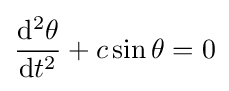
{\frac {\mathrm {d} ^{2}\theta }{\mathrm {d} t^{2}}}+c\sin \theta =0